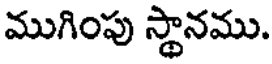
ముగింపు స్థానము.